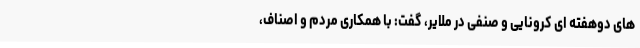
های دوهفته ای کرونایی و صنفی در ملایر، گفت: با همکاری مردم و اصناف،